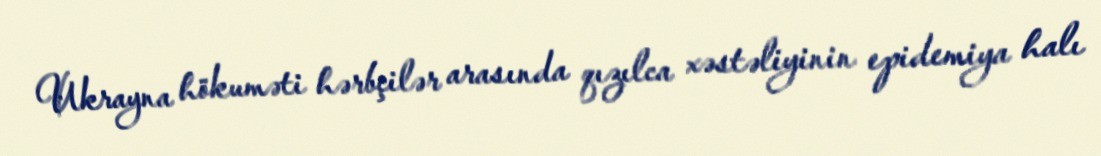
Ukrayna hökuməti hərbçilər arasında qızılca xəstəliyinin epidemiya halı